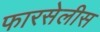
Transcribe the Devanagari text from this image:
फारसेलीस